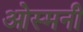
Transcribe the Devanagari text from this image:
ओस्मनी